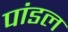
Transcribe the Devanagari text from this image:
पांडल